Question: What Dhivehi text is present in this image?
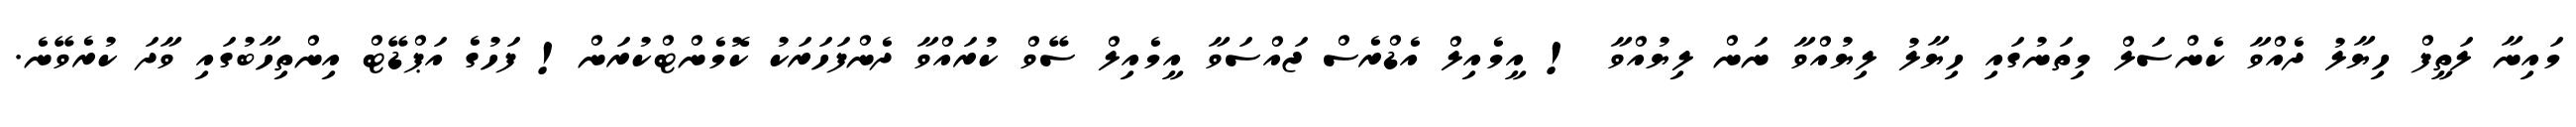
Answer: މައިނާ ލަތީފް ހިޔާލު ދެއްވާ ކެންސަލް މިތަނުގައި ހިޔާލު ލިޔުއްވާ ނަން ލިޔުއްވާ ! އީމެއިލް އެޑްރެސް ޖައްސަވާ އީމެއިލް ސޭވް ކުރައްވާ ދެންފަހަރަކު ކޮމެންޓްކުރަން! ފަހުގެ އަޕްޑޭޓް އިންތިހާބުގައި ވާދަ ކުރެވޭނެ.